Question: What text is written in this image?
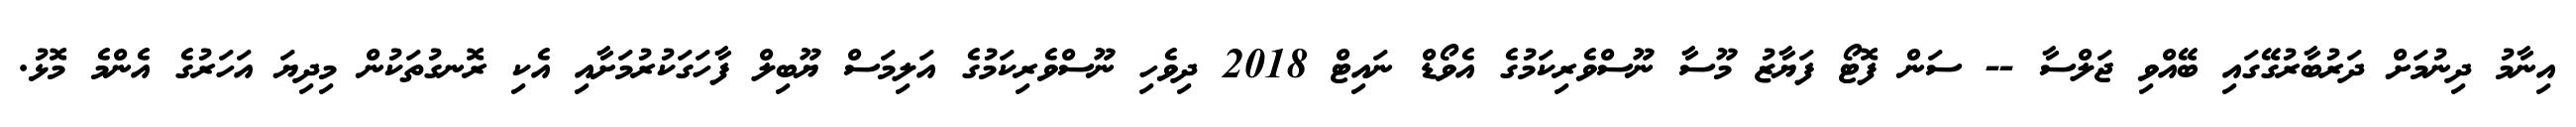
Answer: އިނާމު ދިނުމަށް ދަރުބާރުގޭގައި ބޭއްވި ޖަލްސާ -- ސަން ފޮޓޯ ފަޔާޒު މޫސާ ނޫސްވެރިކަމުގެ އެވޯޑް ނައިޓް 2018 ދިވެހި ނޫސްވެރިކަމުގެ އަލިމަސް ޔޫބިލް ފާހަގަކުރުމަށާއި އެކި ރޮނގުތަކުން މިދިޔަ އަހަރުގެ އެންމެ މޮޅު.